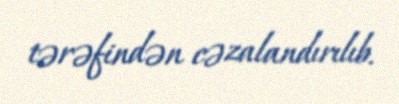
tərəfindən cəzalandırılıb.